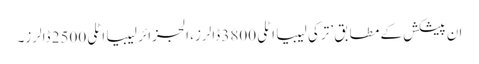
ان پیشکش کے مطابق ’ترکی لیبیا اٹلی 3800 ڈالرز، الجزائر لیبیا اٹلی 2500 ڈالرز۔